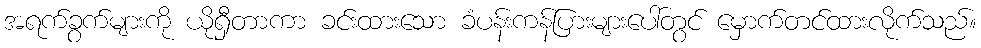
အရက်ခွက်များကို ယိုရှီတာကာ ခင်းထားသော ခံပန်းကန်ပြားများပေါ်တွင် မှောက်တင်ထားလိုက်သည်။